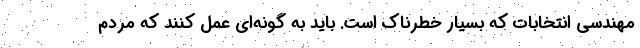
مهندسی انتخابات که بسیار خطرناک است. باید به گونه‌ای عمل کنند که مردم